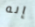
إنه